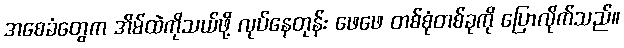
အစေခံတွေက အိမ်ထဲကိုသယ်ဖို့ လုပ်နေတုန်း ဖေဖေ တစ်စုံတစ်ခုကို ပြောလိုက်သည်။